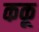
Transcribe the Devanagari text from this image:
ककू